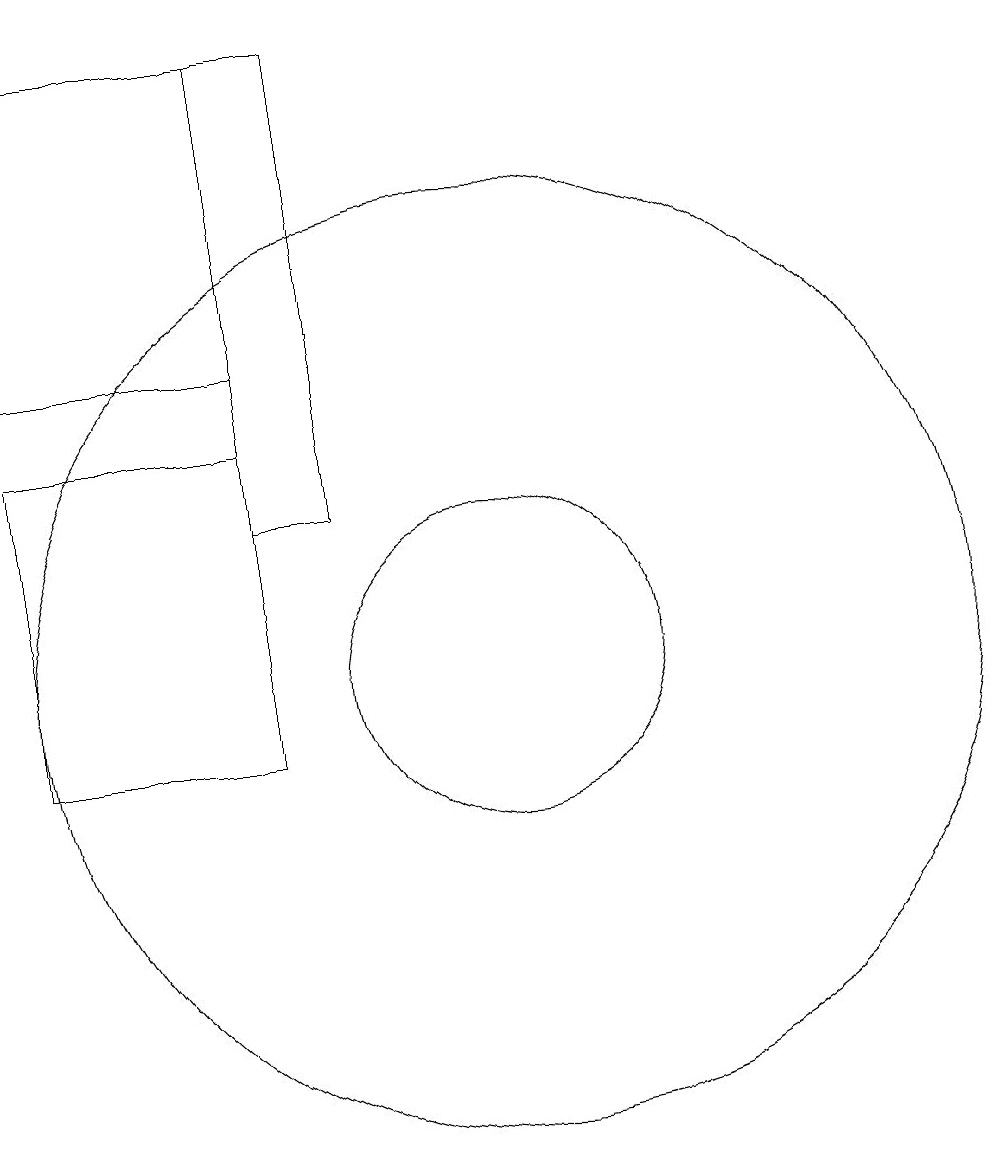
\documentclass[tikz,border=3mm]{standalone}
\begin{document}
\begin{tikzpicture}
\draw (4,19) rectangle (7,15);
\draw (10,11) circle (2);
\draw (7,13) rectangle (8,19);
\draw (4,14) rectangle (7,10);
\draw (10,11) circle (6);
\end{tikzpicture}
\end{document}